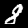
Digit: 8